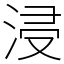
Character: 浸